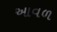
આવળ